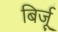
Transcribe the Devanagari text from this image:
बिर्जू